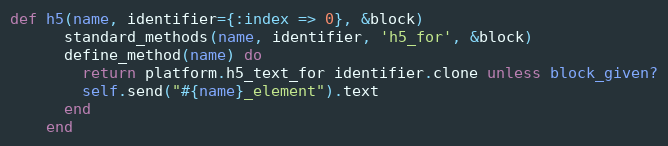
Language: Ruby
def h5(name, identifier={:index => 0}, &block)
      standard_methods(name, identifier, 'h5_for', &block)
      define_method(name) do
        return platform.h5_text_for identifier.clone unless block_given?
        self.send("#{name}_element").text
      end
    end